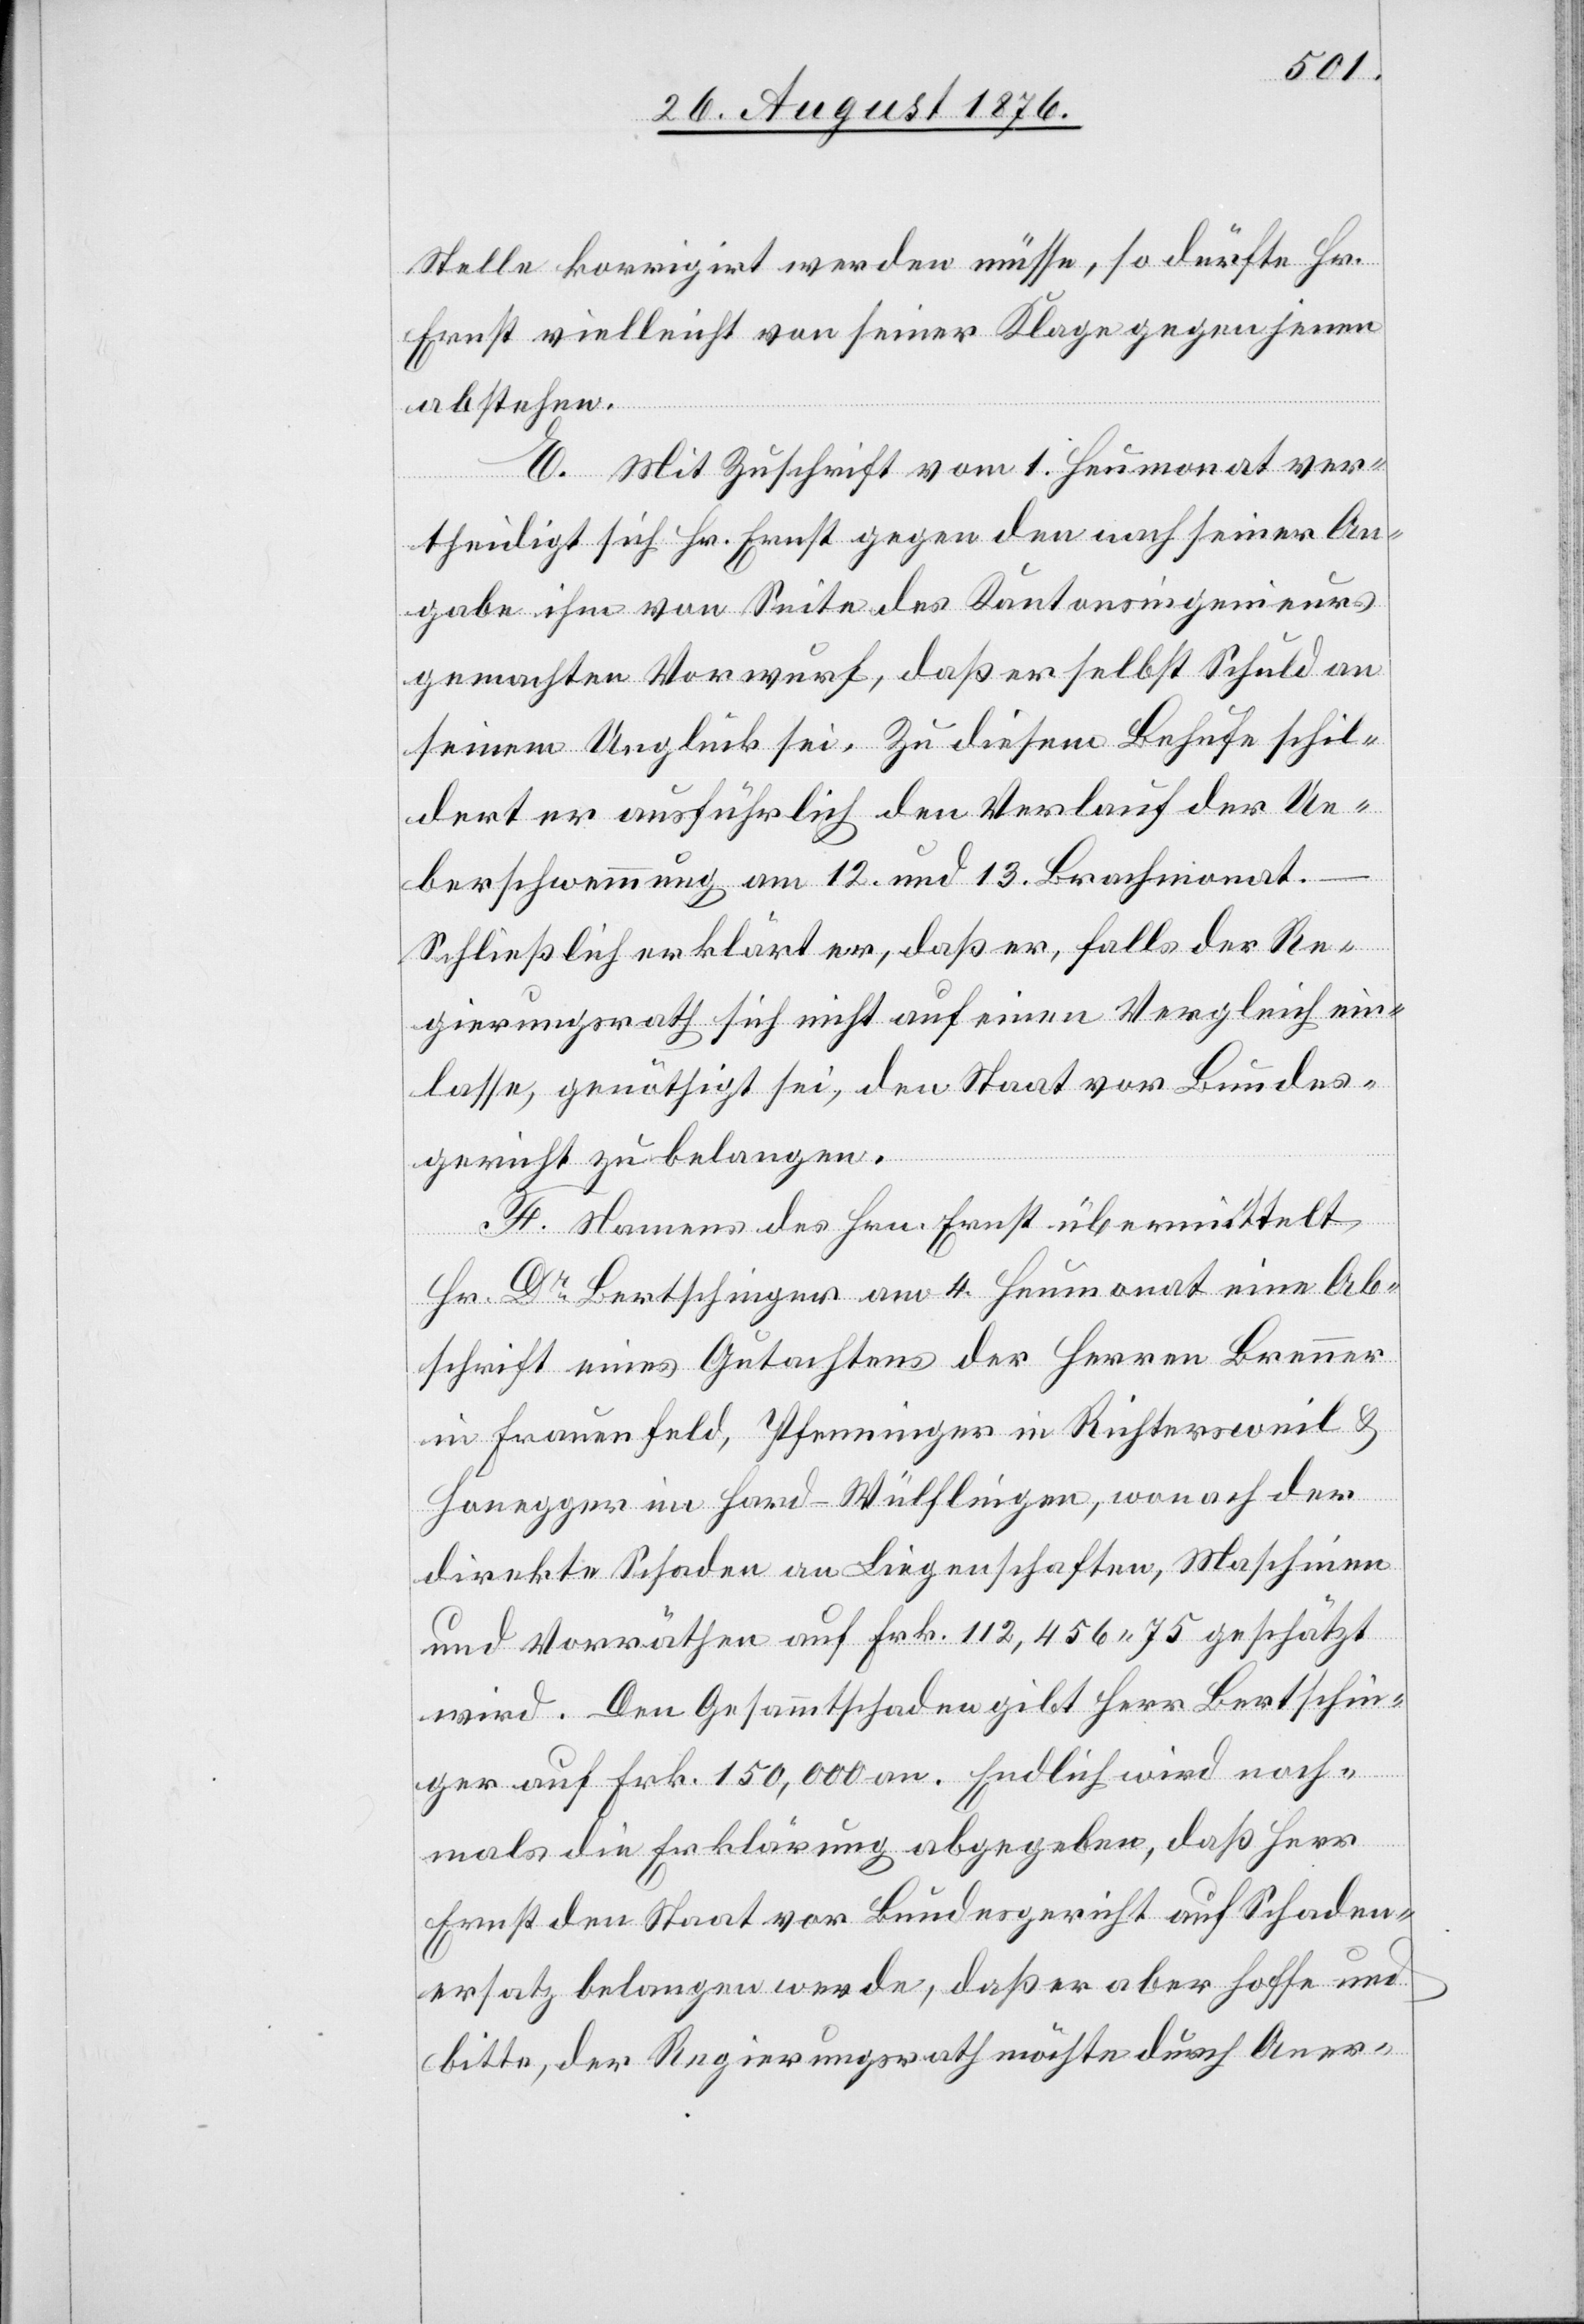
Stelle korrigirt werden müsse, so dürfte Hr.
Ernst vielleicht von seiner Klage gegen jenen
abstehen.
E. Mit Zuschrift vom 1. Heumonat ver¬
theidigt sich Hr. Ernst gegen den nach seiner An¬
gabe ihm von Seite des Kantonsingenieurs
gemachten Vorwurf, daß er selbst Schuld an
seinem Unglück sei. Zu diesem Behufe schil¬
dert er ausführlich den Verlauf der Ue¬
berschwemmung am 12. und 13. Brachmonat.
Schließlich erklärt er, daß er, falls der Re¬
gierungsrath sich nicht auf einen Vergleich ein¬
lasse, genöthigt sei, den Staat vor Bundes¬
gericht zu belangen.
F. Namens des Hrn. Ernst übermittelt
Hr. Dr Bertschinger am 4. Heumonat eine Ab¬
schrift eines Gutachtens der Herren Brenner
in Frauenfeld, Pfenninger in Richtersweil &
Honegger im Hard - Wülflingen, wonach der
direkte Schaden an Liegenschaften, Maschinen
und Vorräthen auf Frk. 112,456 75 geschätzt
wird. Den Gesammtschaden gibt Herr Bertschin¬
ger auf Frk. 150,000 an. Endlich wird noch¬
mals die Erklärung abgegeben, daß Herr
Ernst den Staat vor Bundesgericht auf Schaden¬
ersatz belangen werde, daß er aber hoffe und
bitte, der Regierungsrath möchte durch Aner-